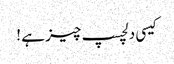
کیسی دلچسپ چیز ہے !